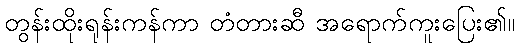
တွန်းထိုးရုန်းကန်ကာ တံတားဆီ အရောက်ကူးပြေး၏။